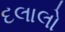
દલાલો